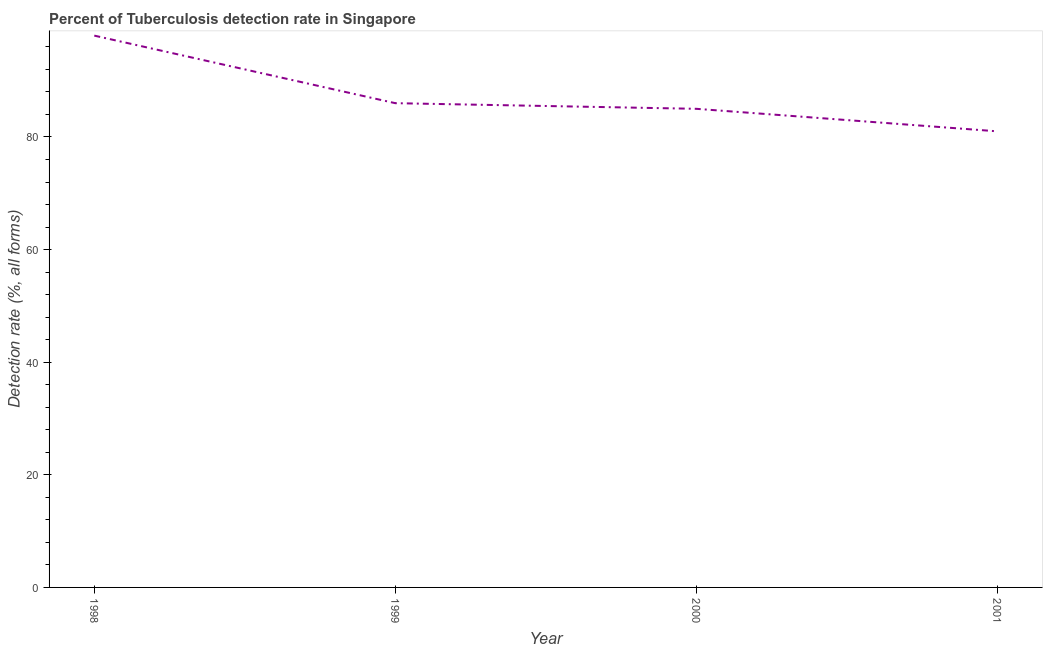
| Year | Tuberculosis case detection rate |
 | --- | --- |
 | 1998 | 98 |
 | 1999 | 86 |
 | 2000 | 85 |
 | 2001 | 81 |